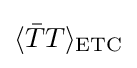
\langle {\bar {T}}T\rangle _{\text{ETC}}